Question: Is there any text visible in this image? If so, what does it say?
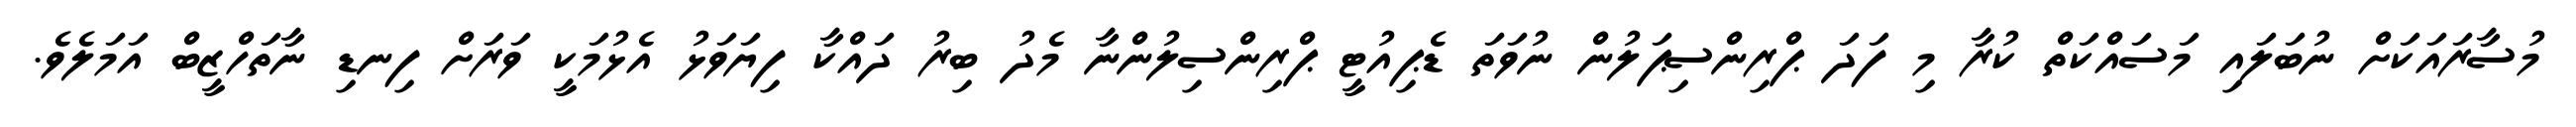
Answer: މުސާރައަކަށް ނުބަލައި މަސައްކަތް ކުރާ މި ފަދަ ޕްރިންސިޕަލުން ނުވަތަ ޑެޕިއުޓީ ޕްރިންސިލުންނާ މެދު ބިރު ދައްކާ ފިޔަވަޅު އެޅުމަކީ ވަރަށް ފިނޑި ނާތަހްޒީބް އަމަލެވެ.